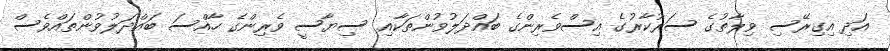
އަދި އިގިރޭސި ވިލާތުގެ ސަރުކާރުގެ އިސްވެރިންގެ ބައްދަލުވުންތަކާއި ސިޔާސީ ވެރިންގެ ހާއްސަ ބައްދަލުވުންތައްވެސް